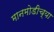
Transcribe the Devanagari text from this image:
मानमोडीच्या